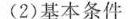
(2)基本条件